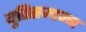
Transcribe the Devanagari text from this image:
युतिसम्पन्न